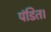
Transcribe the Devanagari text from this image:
पंडित।